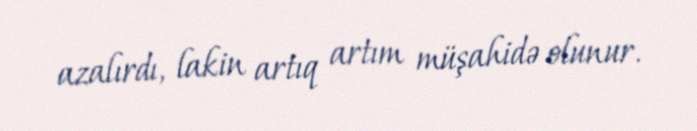
azalırdı, lakin artıq artım müşahidə olunur.